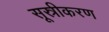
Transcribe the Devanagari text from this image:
सूस्रीकरण